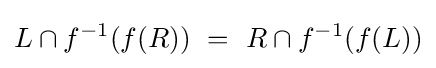
L\cap f^{-1}(f(R))~=~R\cap f^{-1}(f(L))